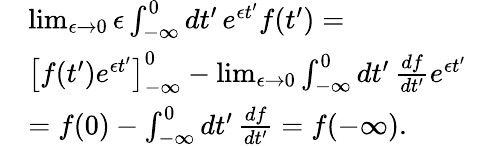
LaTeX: \begin{array}{rlr}&{\operatorname*{lim}_{\epsilon\to 0}\epsilon\int_{-\infty}^{0}dt^{\prime}\, e^{\epsilon t^{\prime}}f(t^{\prime})=}&\\ &{\left[f(t^{\prime})e^{\epsilon t^{\prime}}\right]_{-\infty}^{0}-\operatorname*{lim}_{\epsilon\to 0}\int_{-\infty}^{0}dt^{\prime}\, \frac{df}{dt^{\prime}}e^{\epsilon t^{\prime}}}&\\ &{=f(0)-\int_{-\infty}^{0}dt^{\prime}\, \frac{df}{dt^{\prime}}=f(-\infty).}&\end{array}